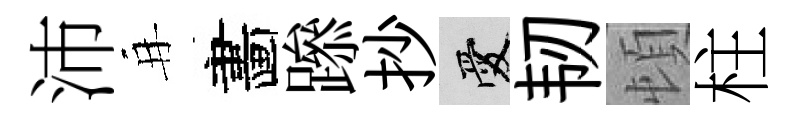
沛再畵𨅶抄愛韧頓柱